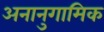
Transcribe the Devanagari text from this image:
अनानुगामिक